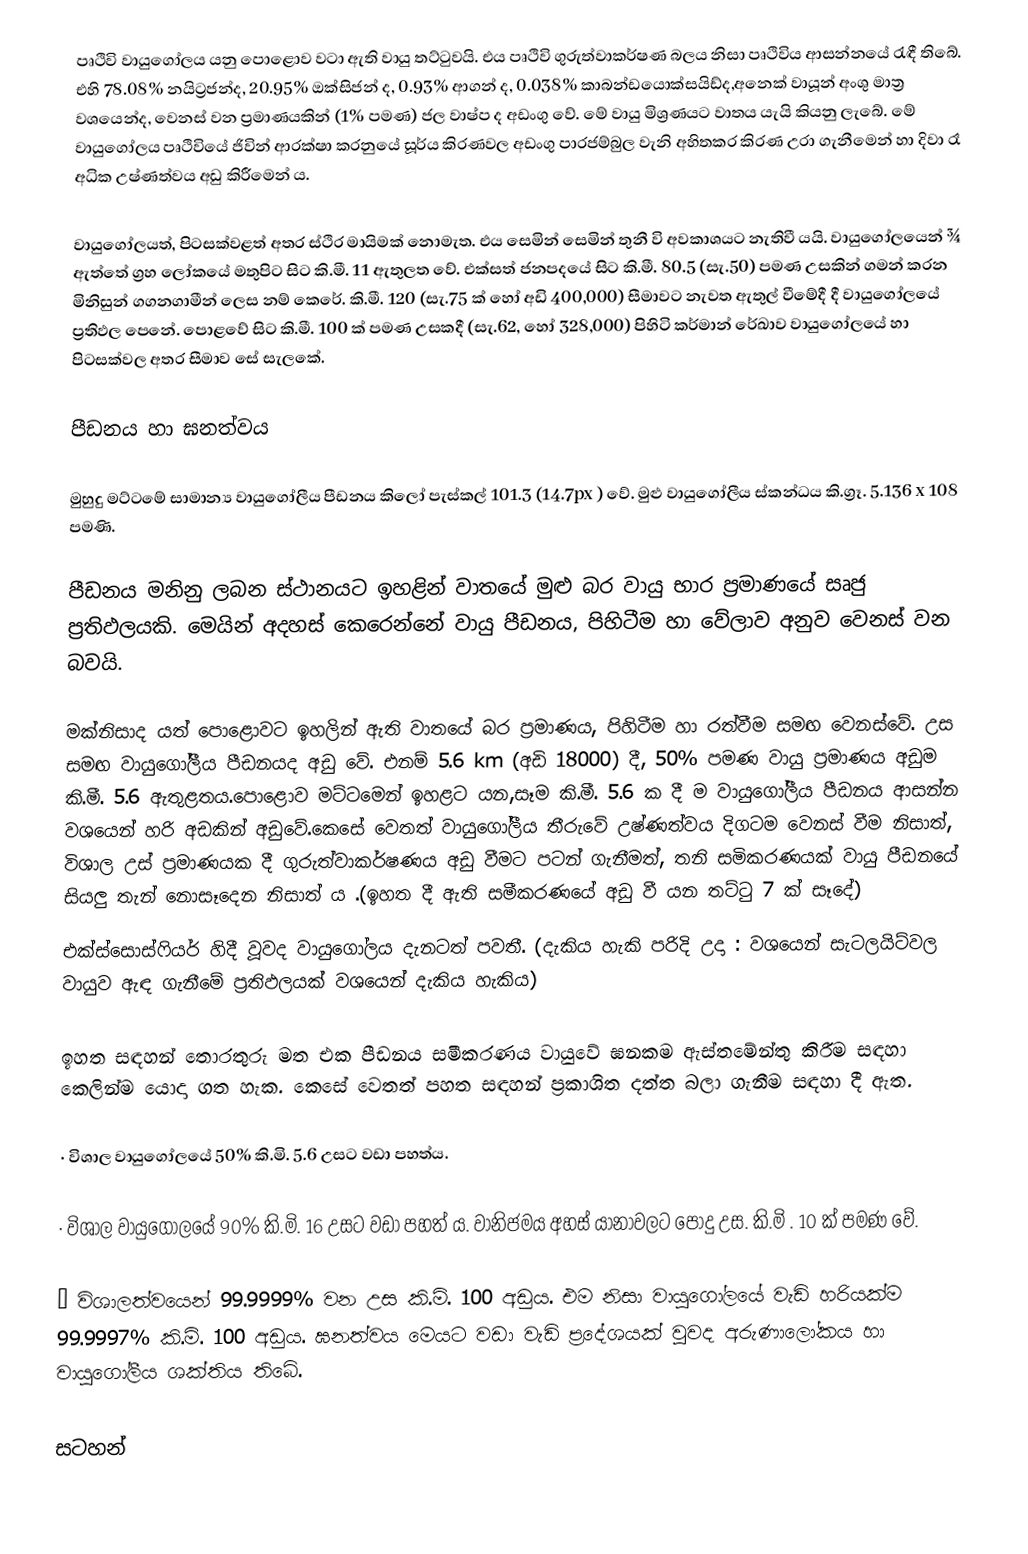
පෘථිවි වායුගෝලය යනු පොළොව වටා ඇති වායු තට්ටුවයි. එය පෘථිවි ගුරුත්වාකර්ෂණ බලය නිසා පෘථිවිය ආසන්නයේ රැඳී  තිබේ. එහි 78.08% නයිට්‍රජන්ද, 20.95% ඔක්සිජන් ද, 0.93% ආගන් ද, 0.038% කාබන්ඩයොක්සයිඩ්ද,අනෙක් වායූන් අංශු මාත්‍ර වශයෙන්ද, වෙනස් වන ප්‍රමාණයකින් (1% පමණ) ජල වාෂ්ප ද අඩංගු වේ. මේ වායු මිශ්‍රණයට වාතය යැයි කියනු ලැබේ. මේ වායුගෝල‍ය පෘථිවියේ ජිවින් ආරක්ෂා කරනුයේ සූර්ය කිරණවල අඩංගු පාරජම්බුල වැනි අහිතකර කිරණ උරා ගැනීමෙන් හා දිවා රෑ අධික උෂ්ණත්වය අඩු කිරීමෙන් ය.

වායු‍ගෝලයත්, පිටසක්වළත් අතර ස්ථිර මායිමක් නොමැත. එය සෙමින් සෙමින් තුනී වි අවකාශයට නැතිවී යයි. වායුගෝලයෙන් ¾  ඇත්තේ ග්‍රහ ‍ලෝකයේ මතුපිට සිට කි.මී. 11 ඇතුලත වේ. එක්සත් ජනපදයේ සිට කි.මී. 80.5 (සැ.50) පමණ උසකින් ගමන් කරන මිනිසුන් ගගනගාමීන් ලෙස නම් කෙරේ. කි.මී. 120 (සැ.75 ක් හෝ අඩි 400,000) සීමාවට නැවත ඇතුල් වීමේදී දී වායුගෝලයේ ප්‍රතිඵල පෙනේ. පොළවේ සිට කි.මී. 100 ක් පමණ උසකදී  (සැ.62, හෝ 328,000) පිහිටි කර්මාන් රේඛාව වායුගෝලයේ හා පිටසක්වල අතර සීමාව සේ සැලකේ.

පීඩනය හා ඝනත්වය

මුහුදු මට්ටමේ සාමාන්‍ය වායුගෝලීය පීඩනය කිලෝ පැස්කල් 101.3 (14.7px ) වේ. මුළු වායුගෝලීය ස්කන්ධය කි.ග්‍රෑ. 5.136 x 108 පමණි.

පීඩනය මනිනු ලබන ස්ථානයට ඉහළින් වාතයේ මුළු බර වායු භාර ප්‍රමාණයේ සෘජු ප්‍රතිඵලයකි. මෙයින් අදහස් කෙරෙන්නේ වායු පීඩනය, පිහිටීම හා වේලාව අනුව වෙනස් වන බවයි.

මක්නිසාද යත් පොළොවට ඉහලින් ඇති වාතයේ බර ප්‍රමාණය, පිහිටීම හා රත්වීම සමඟ වෙනස්වේ. උස සමඟ වායුගෝලීය පීඩනයද අඩු වේ. එනම් 5.6 km  (අඩි 18000) දී, 50% පමණ වායු ප්‍රමාණය අඩුම කි.මී. 5.6 ඇතුළතය.පොළොව මට්ටමෙන් ඉහළට යන,සෑම කි.මී. 5.6 ක දී ම වායුගෝලීය පීඩනය ආසන්න වශයෙන් හරි අඩකින් අඩුවේ.කෙසේ වෙතත් වායුගෝලීය තීරුවේ උෂ්ණත්වය දිගටම වෙනස් වීම නිසාත්, විශාල උස් ප්‍රමාණයක දී ගුරුත්වාකර්ෂණය අඩු වීමට පටන් ගැනීමත්, තනි සමිකරණයක් වායු පීඩනයේ සියලු තැන්  නොසෑදෙන නිසාත් ය .(ඉහත දී ඇති සමීකරණයේ අඩු වී යන තට්ටු 7 ක් සෑදේ)
එක්ස්සොස්ෆියර් හිදී වූවද වායුගෝලය දැනටත් පවතී. (දැකිය හැකි පරිදි උදා : වශයෙන් සැටලයිට්වල වායුව ඇඳ ගැනීමේ ප්‍රතිඵලයක් වශයෙන් දැකිය හැකිය)

ඉහත සඳහන් තොරතුරු ‍මත එක පීඩනය සමීකරණය වායුවේ ඝනකම ඇස්තමේන්තු කිරීම සඳහා කෙලින්ම යොදා ගත ‍හැක. කෙසේ වෙතත් පහත සඳහන් ප්‍රකාශිත දත්ත බලා ගැනීම සඳහා දී ඇත.

·	විශාල වායු‍ගෝල‍යේ 50% කි.මි. 5.6 උසට වඩා පහත්ය.

·	විශාල වායුගෝලයේ 90% කි.මි. 16 උසට වඩා පහත් ය. වානිජමය අහස් යානාවලට පොදු උස. කි.මි . 10 ක් පමණ වේ.

·	විශාලත්වයෙන් 99.9999% වන උස කි.මි. 100 අඩුය. එම නිසා වායුගෝලයේ වැඩි හරියක්ම 99.9997% කි.මි. 100 අඩුය. ඝනත්වය මෙයට වඩා වැඩි ප්‍රදේශයක් වුවද අරුණාලෝකය හා වායු‍ගෝලීය ශක්තිය තිබේ.

සටහන්